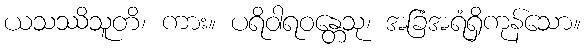
ယသဿိသူတိ၊ ကား။ ပရိဝါရဝန္တေသု၊ အခြံအရံရှိကုန်သော။